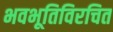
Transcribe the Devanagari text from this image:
भवभूतिविरचित